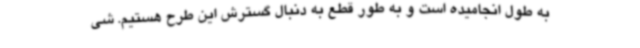
به طول انجامیده است و به طور قطع به دنبال گسترش این طرح هستیم. شی